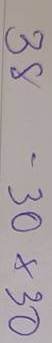
38 = 30x30